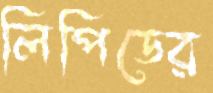
লিপিডের